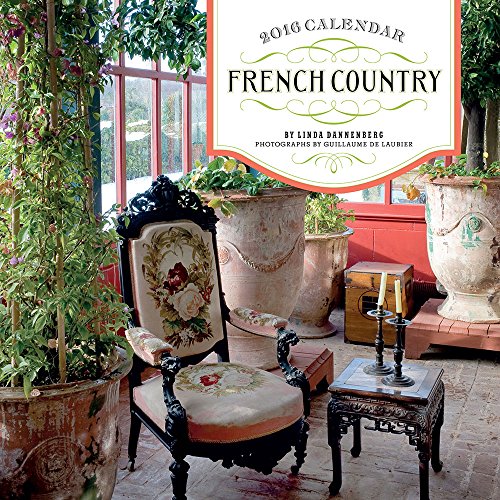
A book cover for French Country 2016 Wall Calendar; Linda Dannenberg; Calendars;